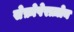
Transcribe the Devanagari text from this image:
सेफ़ोपेराज़ोन